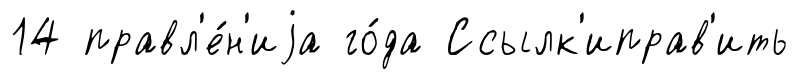
14 правл'е́н'иjа го́да Ссылк'иправ'ить